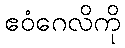
ဧဝံဂေလိကို